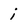
Character: i